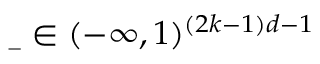
\underline { { \boldsymbol { \b } } } \in ( - \infty , 1 ) ^ { ( 2 k - 1 ) d - 1 }